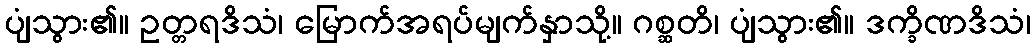
ပျံသွား၏။ ဥတ္တရဒိသံ၊ မြောက်အရပ်မျက်နှာသို့။ ဂစ္ဆတိ၊ ပျံသွား၏။ ဒက္ခိဏဒိသံ၊